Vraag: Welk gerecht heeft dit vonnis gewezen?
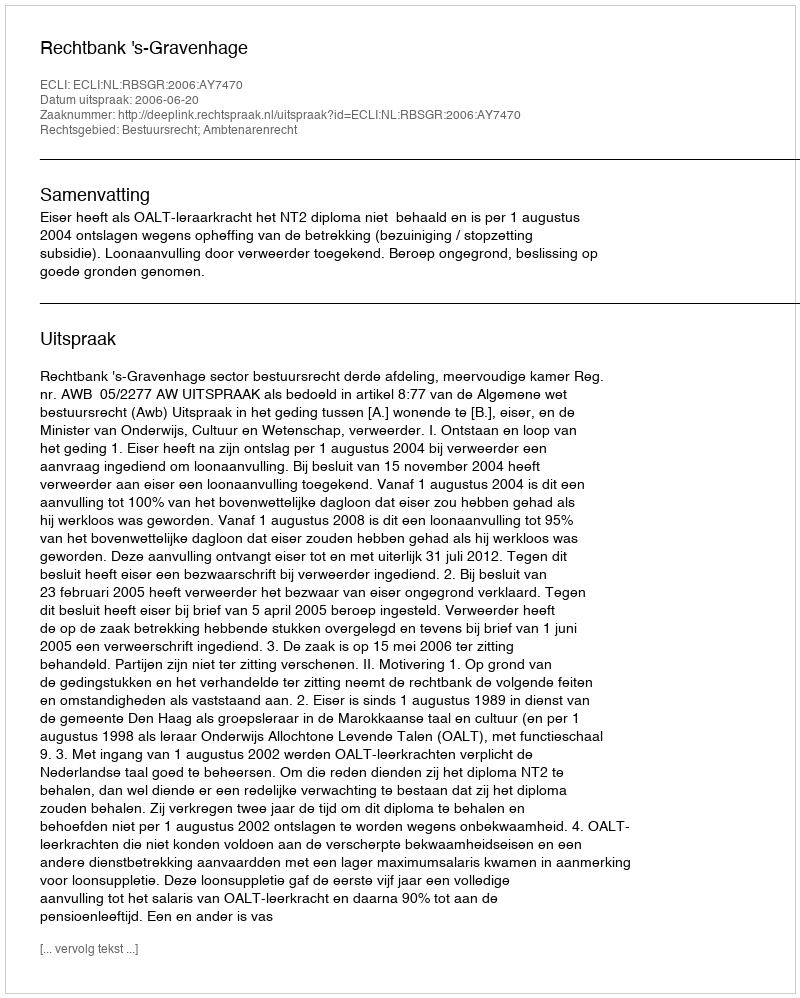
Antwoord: Rechtbank 's-Gravenhage